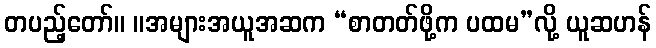
တပည့်တော်။ ။အများအယူအဆက “စာတတ်ဖို့က ပထမ”လို့ ယူဆဟန်